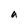
Character: a